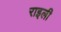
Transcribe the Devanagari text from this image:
राइली